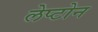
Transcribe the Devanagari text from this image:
लेप्टोन